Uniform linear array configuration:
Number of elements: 48
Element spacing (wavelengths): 1
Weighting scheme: hann
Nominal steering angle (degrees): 60
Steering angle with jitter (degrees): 59.798
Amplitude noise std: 0.05
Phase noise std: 0.05

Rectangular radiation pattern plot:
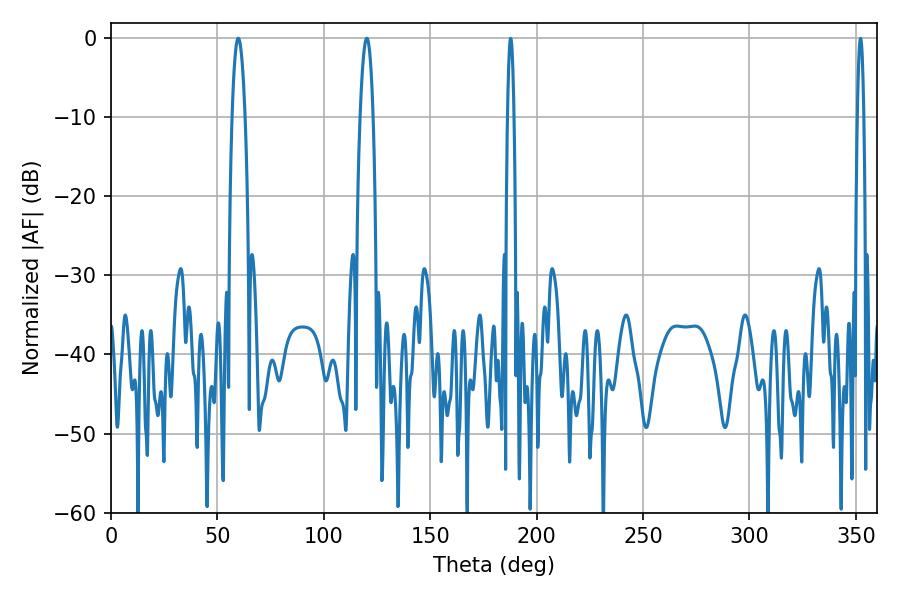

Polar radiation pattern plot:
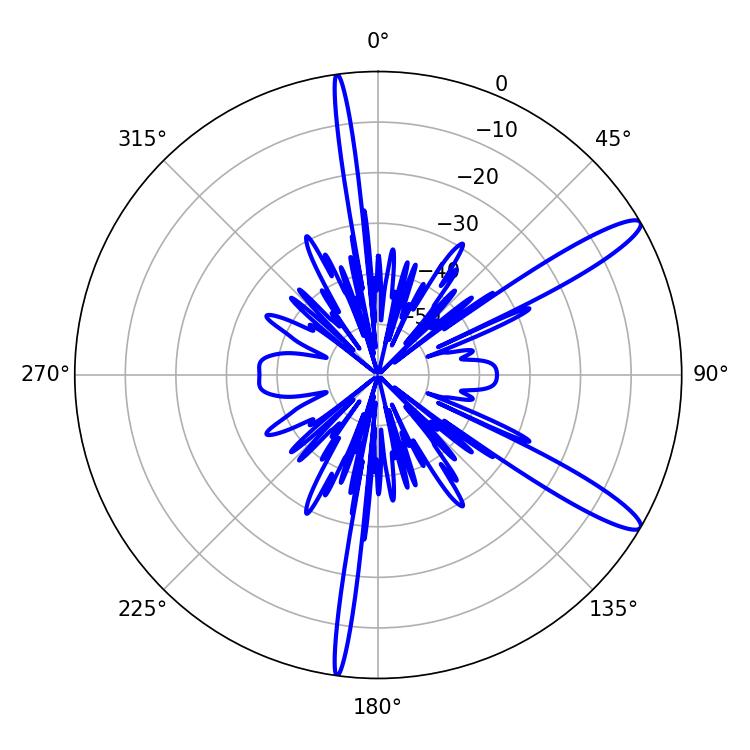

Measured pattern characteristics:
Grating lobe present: TRUE
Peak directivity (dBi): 12.934
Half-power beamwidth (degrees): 3.42
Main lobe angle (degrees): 120.24